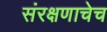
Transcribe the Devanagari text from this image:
संरक्षणाचेच